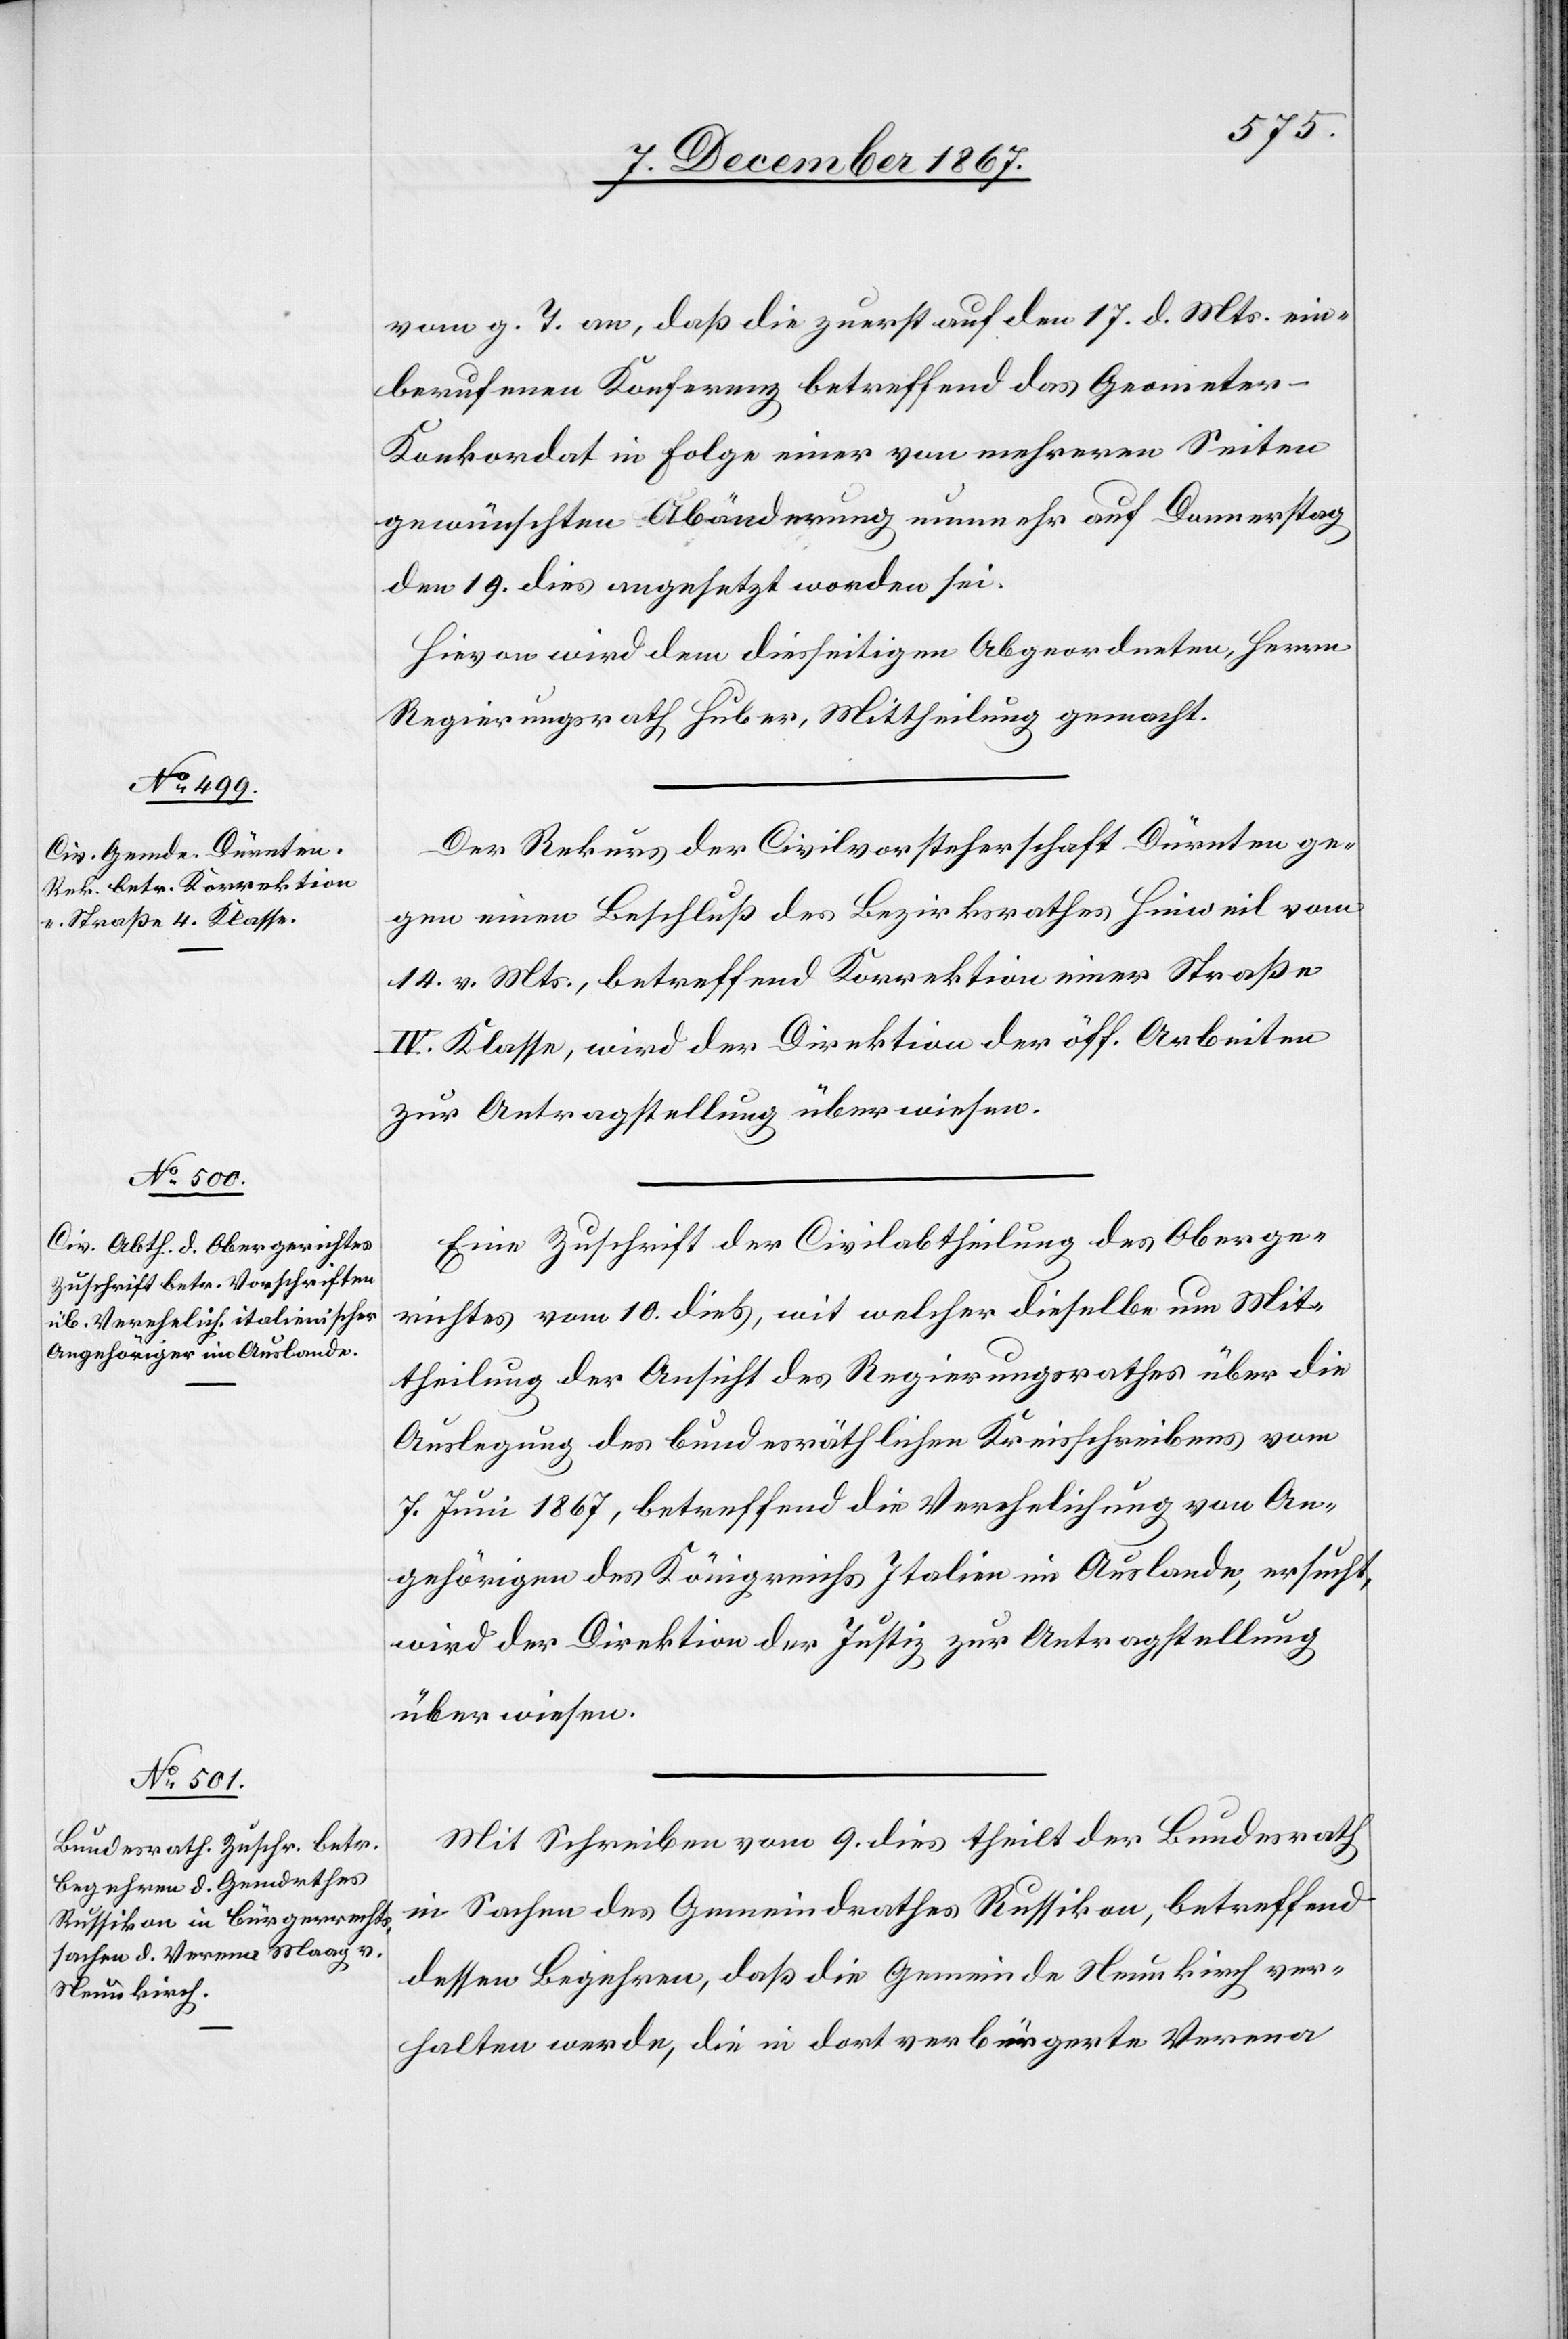
12. December 1867.]
vom g. T. an, daß die zuerst auf den 17. d. Mts. ein¬
berufene Konferenz betreffend das Geomete¬
r-Konkordat in Folge einer von mehreren Seiten
gewünschten Abänderung nunmehr auf Donnerstag
den 19. dies angesetzt worden sei.
Hievon wird dem diesseitigen Abgeordneten, Herrn
Regierungsrath Huber, Mittheilung gemacht.
Der Rekurs der Civilvorsteherschaft Dürnten ge¬
gen einen Beschluß des Bezirksrathes Hinweil vom
14. v. Mts., betreffend Korrektion einer Straße
IV. Klasse, wird der Direktion der öff. Arbeiten
zur Antragstellung überwiesen.
Eine Zuschrift der Civilabtheilung des Oberge¬
richtes vom 10. dieß, mit welcher dieselbe um Mit¬
theilung der Ansicht des Regierungsrathes über die
Auslegung des bundesräthlichen Kreisschreibens vom
7. Juni 1867, betreffend die Verehelichung von An¬
gehörigen des Königreichs Italien im Auslande, ersucht,
wird der Direktion der Justiz zur Antragstellung
überwiesen.
Mit Schreiben vom 9. dies theilt der Bundesrath
in Sachen des Gemeindrathes Russikon, betreffend
dessen Begehren, daß die Gemeinde Neukirch ver¬
halten werden, die in dort verbürgerte Verena